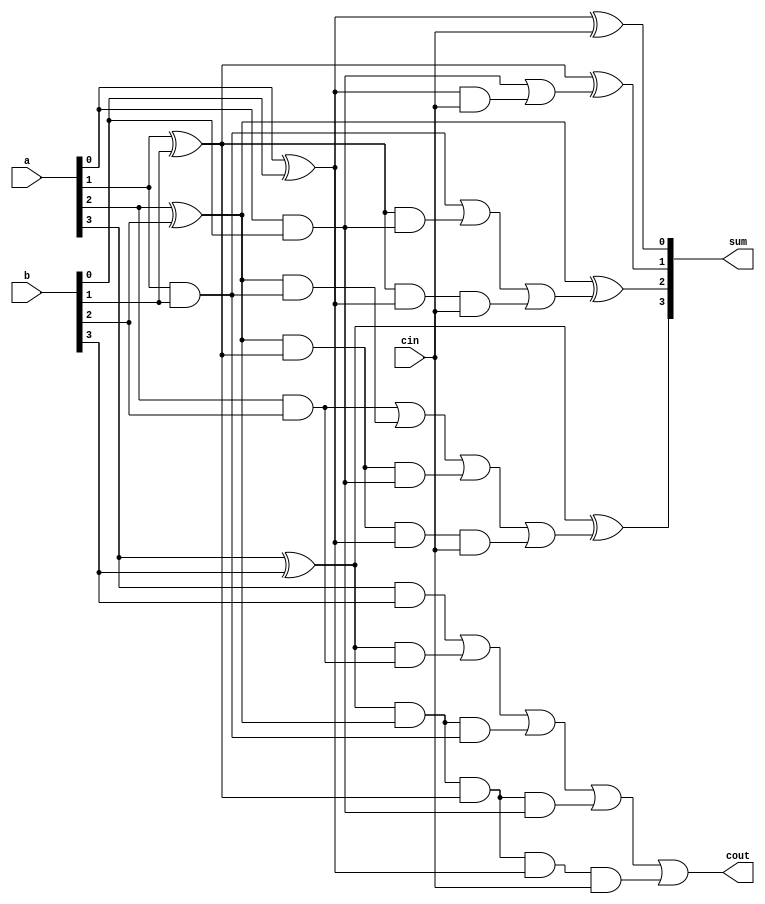

module carry_lookahead_data(a,b,cin,sum,cout);
input[3:0] a,b;
input cin;
output [3:0] sum;
output cout;
wire p0,p1,p2,p3,g0,g1,g2,g3,c1,c2,c3,c4;
assign p0=(a[0]^b[0]),
       p1=(a[1]^b[1]),
       p2=(a[2]^b[2]),
       p3=(a[3]^b[3]);
		 
assign g0=(a[0]&b[0]),
       g1=(a[1]&b[1]),
       g2=(a[2]&b[2]),
       g3=(a[3]&b[3]);
assign c0=cin,
       c1=g0|(p0&cin),
       c2=g1|(p1&g0)|(p1&p0&cin),
       c3=g2|(p2&g1)|(p2&p1&g0)|(p2&p1&p0&cin),
       c4=g3|(p3&g2)|(p3&p2&g1)|(p3&p2&p1&g0)|(p3&p2&p1&p0&cin);
assign sum[0]=p0^c0,
       sum[1]=p1^c1,
       sum[2]=p2^c2,
       sum[3]=p3^c3;
assign cout=c4;
       
endmodule